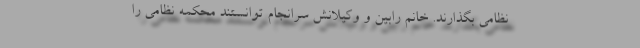
نظامی بگذارند. خانم رابین و وکیلانش سرانجام توانستند محکمه نظامی را